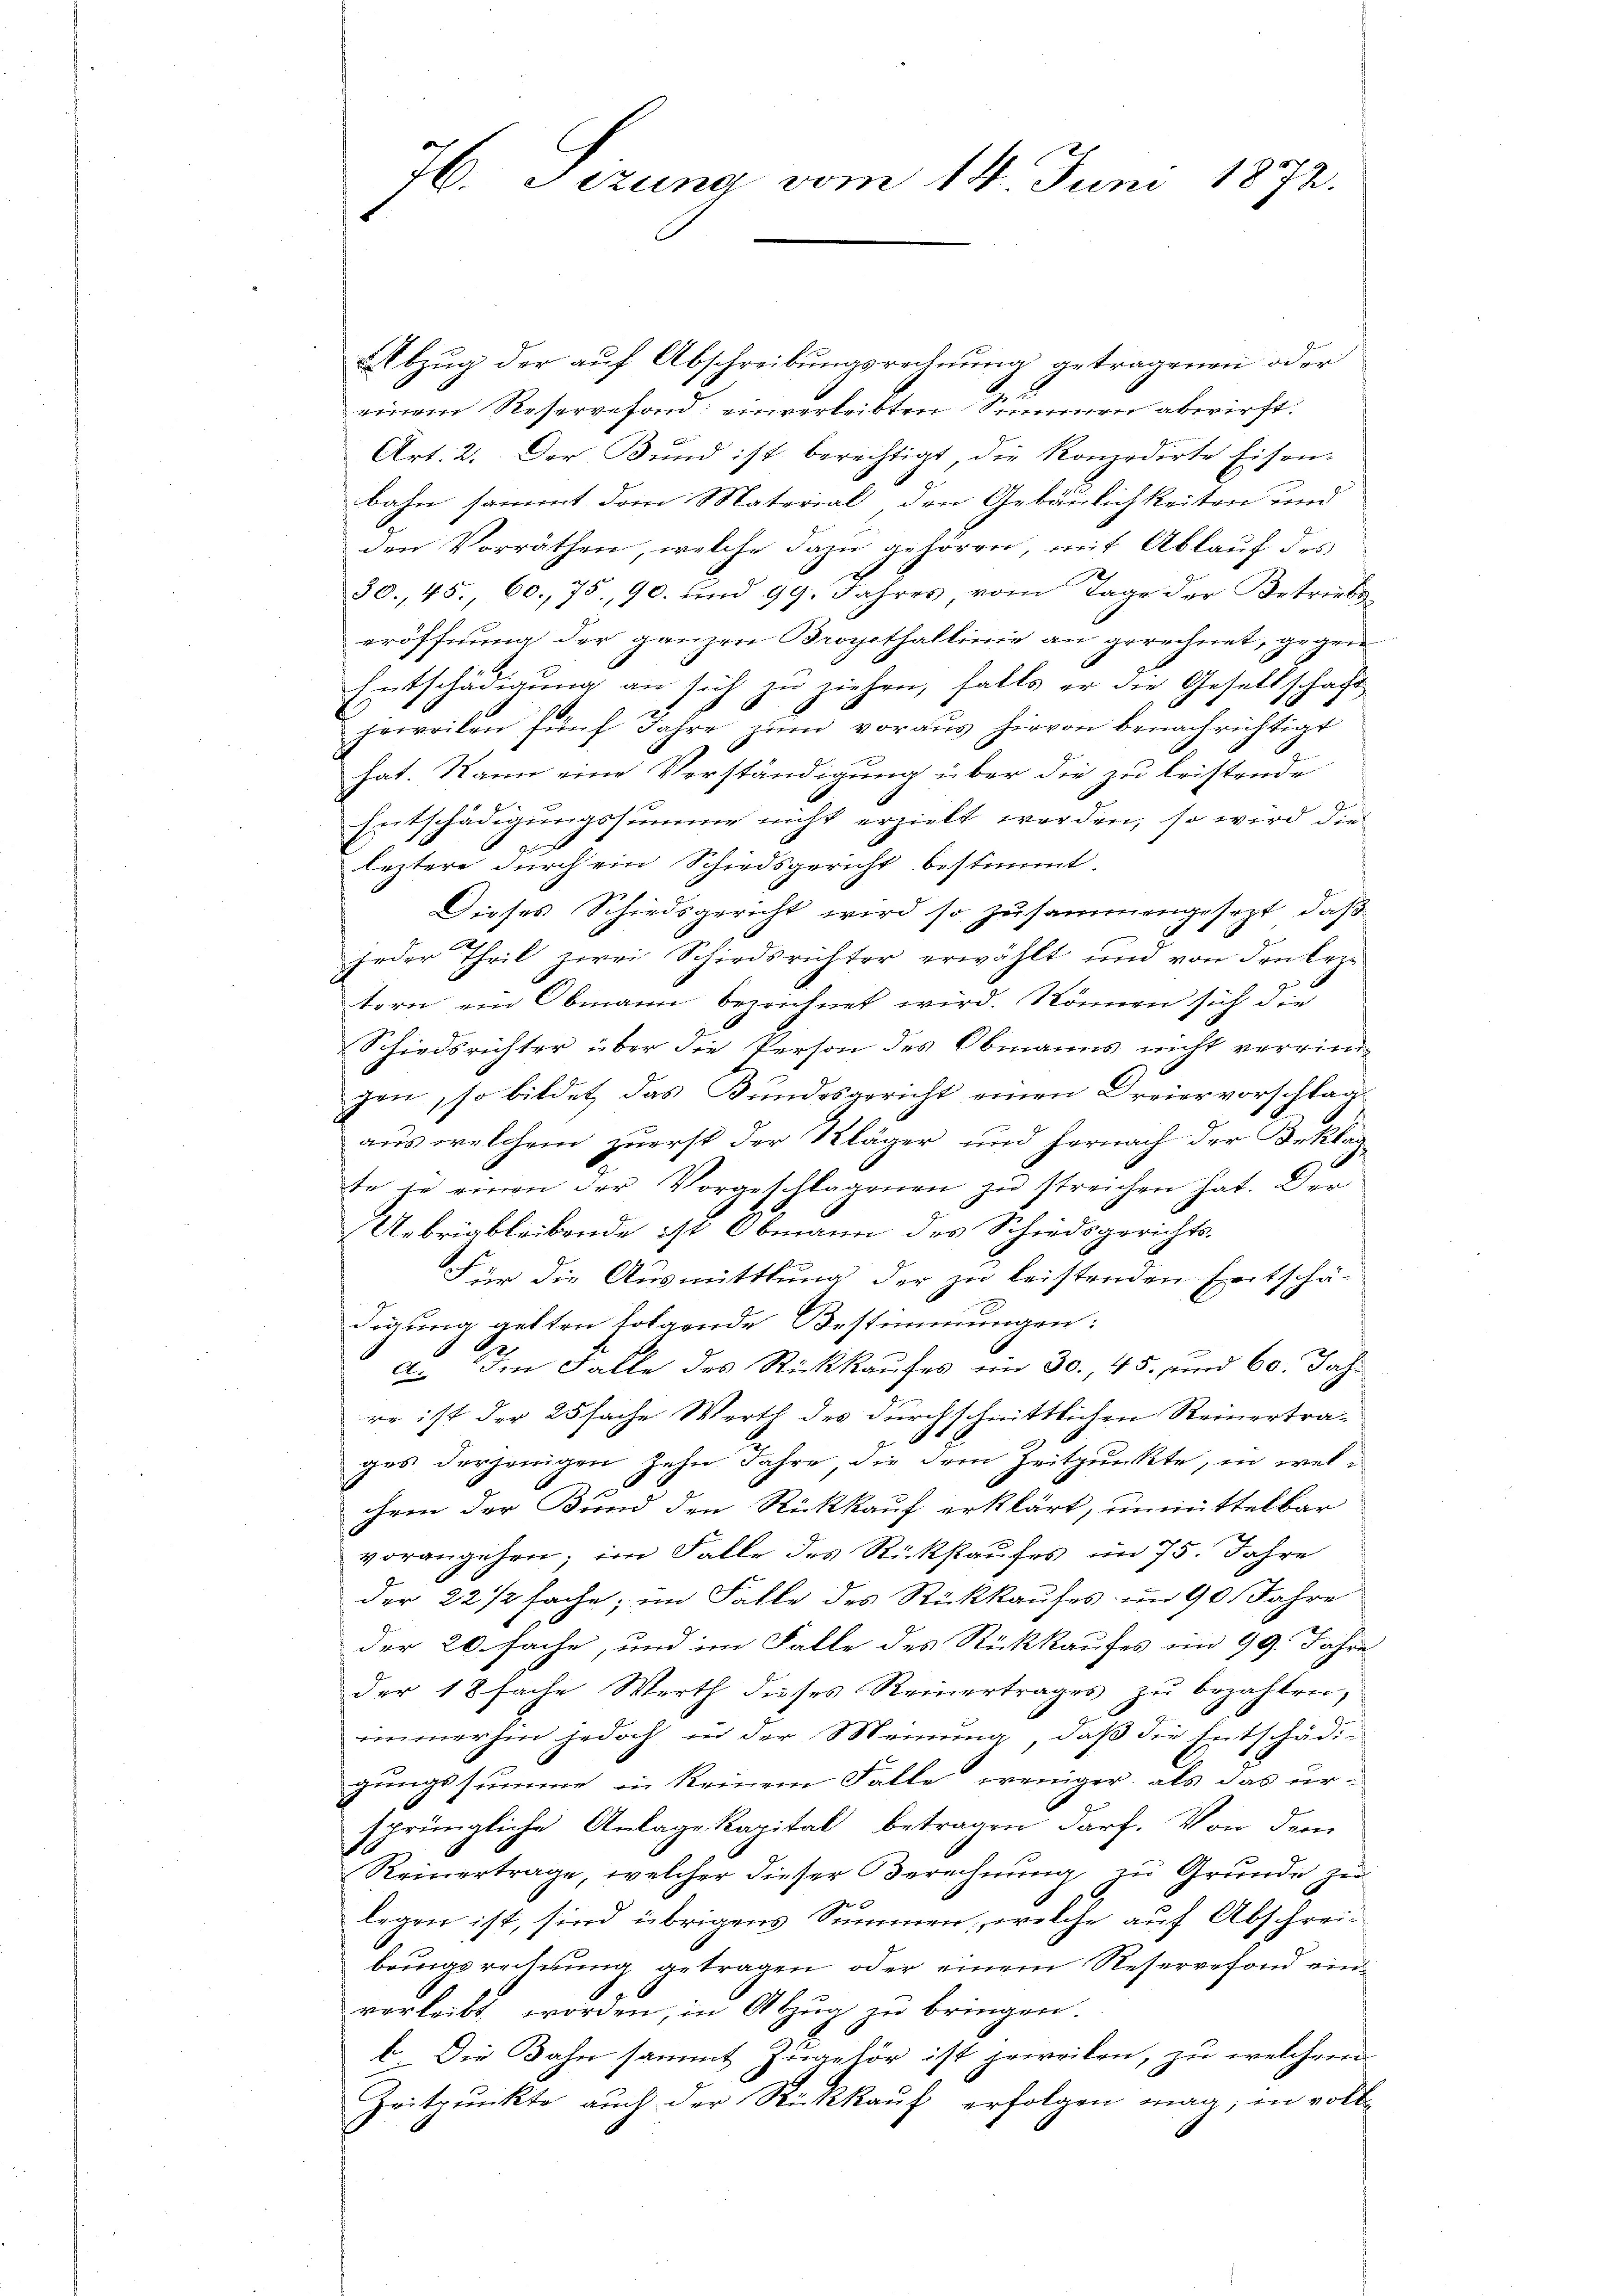
Abzug der auf Abschreibungsrechnung getragenen oder
igem Reservefond einverleibten Summen abwirft.
Art. 2. Der Bund ist berechtigt, die Konzedirte Eisen-
bahn sammt dem Material den Gebäulichkeiten und
den Vorräthen, welche dazu gehören, mit Ablauf des
30.,45., 60. 75. 90. und 99. Jahres, vom Tage der Betriebseröffnung der ganzen Bropithallinie an gerechnet, gegen
Entschädigung an sich zu ziehen, falls er die Gesettschaft
g
jewvriken fünf Jahre zum voraus hirvon benachrichtigt
hat. Kann eine Verständigung über die zu leistende
Entschädigungssumme nicht erzielt werden, so wird die
leztere durch ein Schiedsgericht bestimmt
Dieses Schiedsgericht wird so zusammengesezt, daß
g
jeder Theil zwei Schiedsrichter erwählt und von den Erze
tern ein Obmann bezeichnet wird. Können sich die
Schiedsrichter über die Person des Obmanns nicht verringen, so bildet das Bundesgericht einen Dreiervorschlag
aus welchem zuerst der Kläger und hernach der Beklag
te zu einen der Vorgeschlagenen zu streichen hat. Der
Uebriableibende ist Obmann des Schiedsgerichts-
Für die Ausmittlung der zu leistenden Entschä-
digung gelten folgende Bestimmungen:
e
.
a. Im Falle des Rückkaufes im 30., 45, und 60. Jahr
re ist der 25 sache Werth des durchschnittlichen Reinertrages derjenigen zehn Jahre, die der Zeitpunkte, in welchem der Bund den Rückkauf erklärt, unmittelbar
vorangehen; im Falle des Rückkaufes im 75. Jahre
der 22 1/2 fache; im Falle des Rückkaufes im 90 Jahre
der 20 fache, und im Falle des Rückkaufes im 99. Jahre
der 18 fache Werth dieses Reinertrages zŭ bezahlen,
immerhin jedoch in der Meinung, daß die Entschädigungssumme in keinem Falle weniger, als das ur-
sprüngliche Anlagekapital betragen darf. Von dem
Reinertrage, welcher dieser Berechnung zu Grunde zu
legen ist, sind übrigens Summen, welche auf Abschreibringsrechnung getragen, oder einem Reservefond einverleibt worden, in Abzug zu bringen.
b. Die Bahn sammt Zugehör ist jeweilen, zu welchem
Zeitpunkte auch der Rückkauf erfolgen mag; in voll¬

76. Sizung vom 14. Juni 1872.